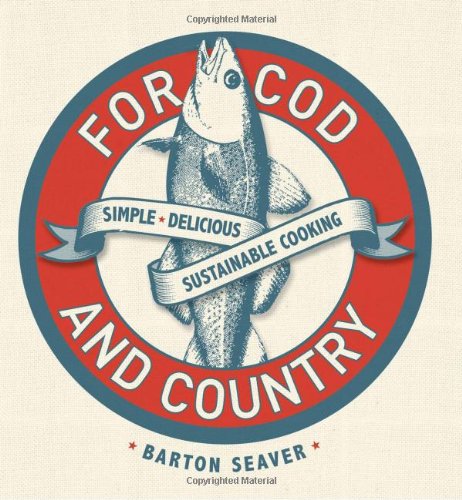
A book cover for For Cod and Country: Simple, Delicious, Sustainable Cooking; Barton Seaver; Cookbooks, Food & Wine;